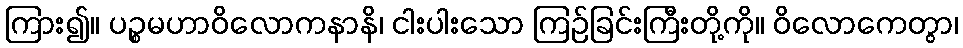
ကြား၍။ ပဉ္စမဟာဝိလောကနာနိ၊ ငါးပါးသော ကြဉ်ခြင်းကြီးတို့ကို။ ဝိလောကေတွာ၊